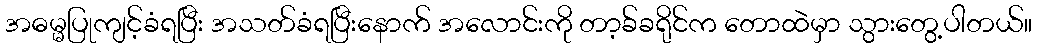
အဓမ္မပြုကျင့်ခံရပြီး အသတ်ခံရပြီးနောက် အလောင်းကို တာ့ခ်ခရိုင်က တောထဲမှာ သွားတွေ့ပါတယ်။